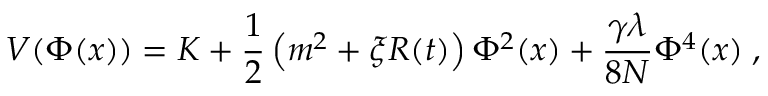
V ( \Phi ( x ) ) = K + \frac 1 2 \left( m ^ { 2 } + \xi { \cal R } ( t ) \right) \Phi ^ { 2 } ( x ) + \frac { \gamma \lambda } { 8 N } \Phi ^ { 4 } ( x ) \; ,